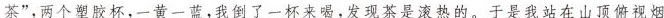
茶”，两个塑胶杯，一黄一蓝，我倒了一杯来喝，发现茶是滚热的。于是我站在山顶俯视烟